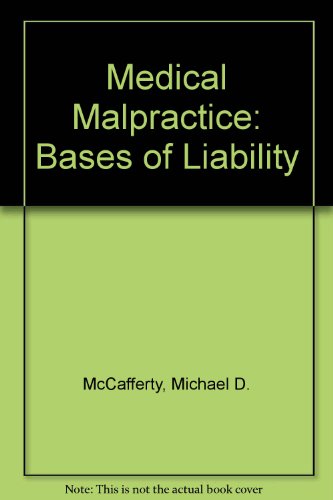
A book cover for Medical Malpractice: Bases of Liability/With Supplement (Medical malpractice series); Michael D. McCafferty; Law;